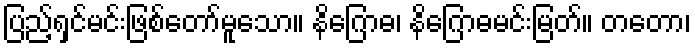
ပြည့်ရှင်မင်းဖြစ်တော်မူသော။ နိဂြောဓ၊ နိဂြောဓမင်းမြတ်။ တတော၊